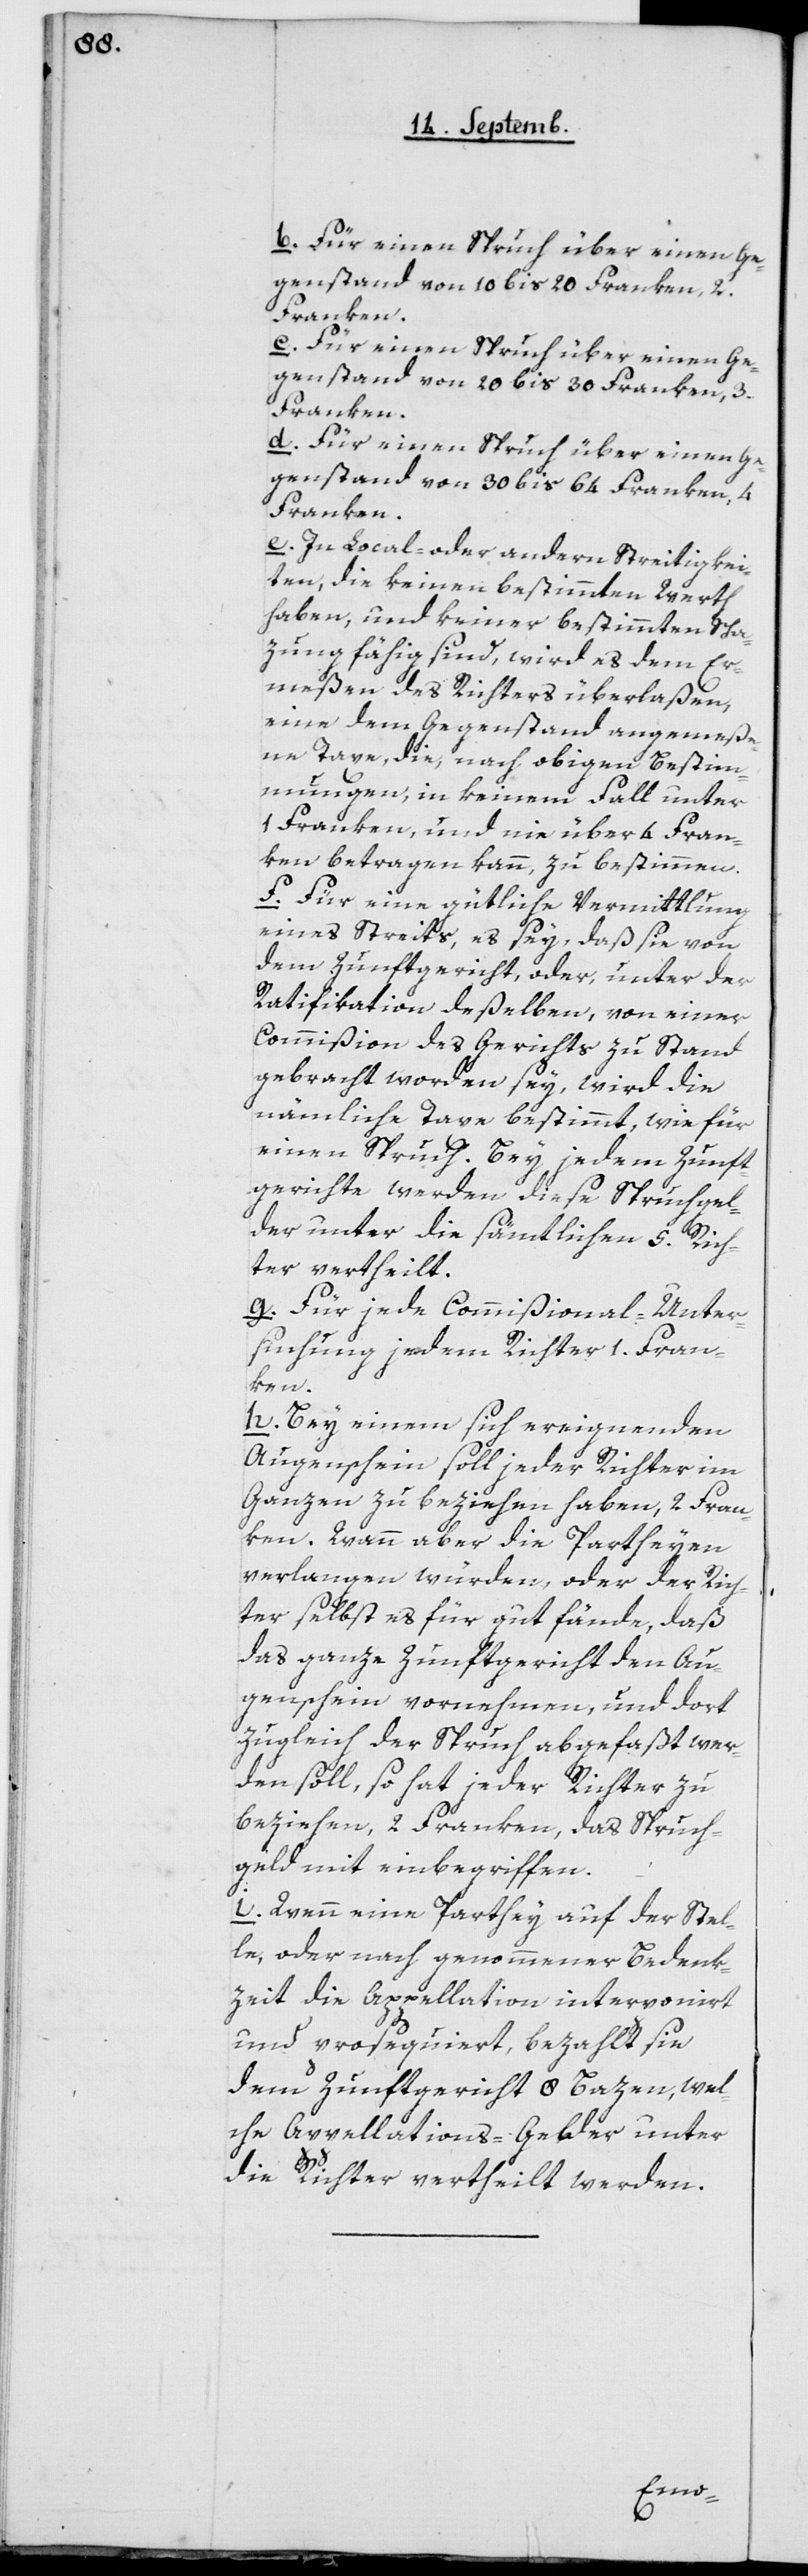
b. Für einen Spruch über einen Ge¬
genstand von 10 bis 20 Franken, 2
Franken.
c. Für einen Spruch über einen Ge¬
genstand von 20 bis 30 Franken, 3
Franken.
d. Für einen Spruch über einen Ge¬
genstand von 30 bis 64 Franken, 4
Franken.
e. In Local- oder andern Streitigkei¬
ten, die keinen bestimmten Werth
haben, und keiner bestimmten Scha¬
zung fähig sind, wird es dem Er¬
meßen des Richters überlaßen,
eine dem Gegenstand angemeße¬
ne Taxe, die, nach obigen Bestim¬
mungen, in keinem Fall unter
Franken und nie über 4 Fran¬
ken betragen kann, zu bestimmen.
f. Für eine gütliche Vermittlung
eines Streits, es sey, daß sie von
dem Zunftgericht, oder unter der
Ratifikation deßelben, von einer
Commißion des Gerichts, zu Stand
gebracht worden sey, wird die
nämliche Taxe bestimmt, wie für
einen Spruch. bey jedem Zunft¬
gerichte werden diese Spruchgel¬
der unter die sämtlichen 5 Rich¬
ter vertheilt.
g. Für jede Commißional-Unter¬
suchung jedem Richter 1 Fran¬
ken.
h. bey einem sich ereignenden
Augenschein soll jeder Richter im
Ganzen zu beziehen haben, 2 Fran¬
ken. Wenn aber die Partheyen
verlangen würden, oder der Rich¬
ter selbst es für gut fände, daß
das ganze Zunftgericht den Au¬
genschein vornehmen, und dort
zugleich der Spruch abgefaßt wer¬
den soll, so hat jeder Richter zu
beziehen, 2 Franken, das Spruch¬
geld mit einbegriffen.
i. Wenn eine Parthey auf der Stel¬
le, oder nach genommener Bedenk¬
zeit die Appellation interponirt
und prosequiert, bezahlt sie
dem Zunftgericht 8 Bazen, wel¬
che Appellations-Gelder unter
die Richter vertheilt werden.